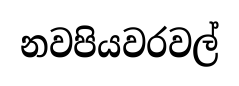
නවපියවරවල්